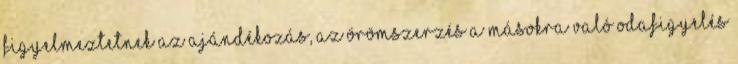
Figyelmeztetnek az ajándékozás, az örömszerzés a másokra való odafigyelés